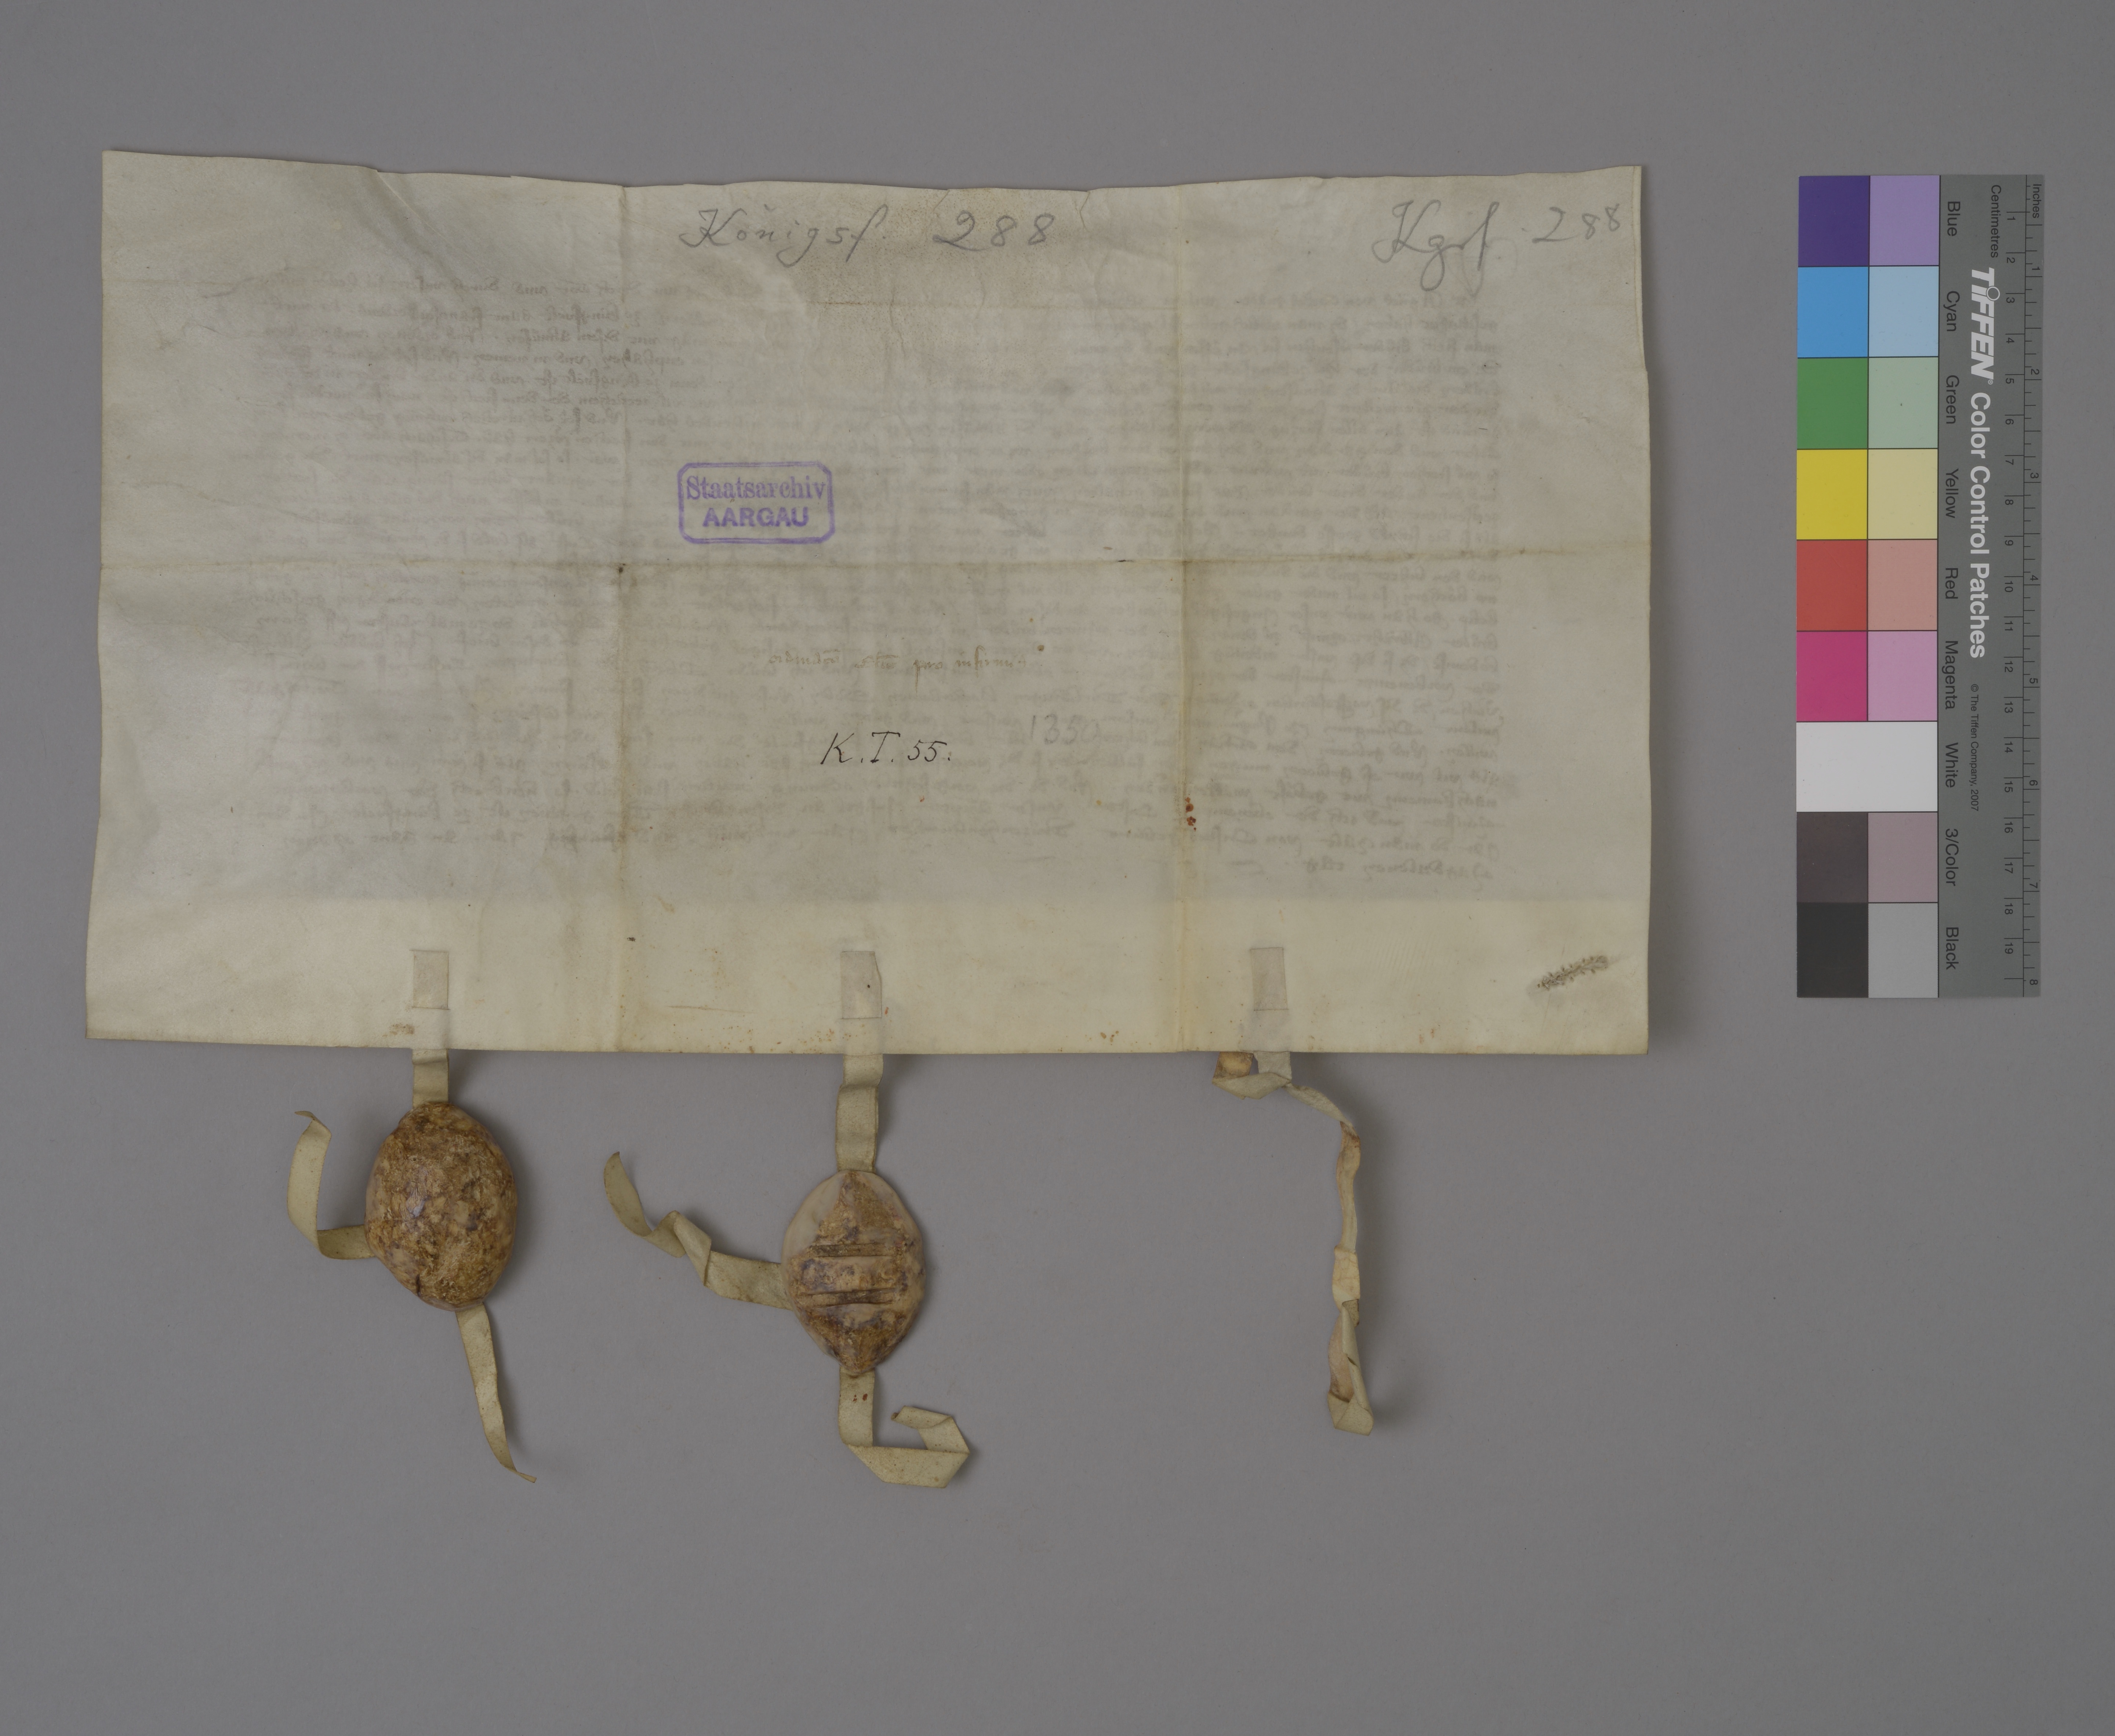
Transcription:
Kgsf. 288

Königsf. 288

Staatsarchiv
AARGAU

ordinatō el̄ie pro infirmis

1350 ✳

K ✳ T ✳ 55 ✳